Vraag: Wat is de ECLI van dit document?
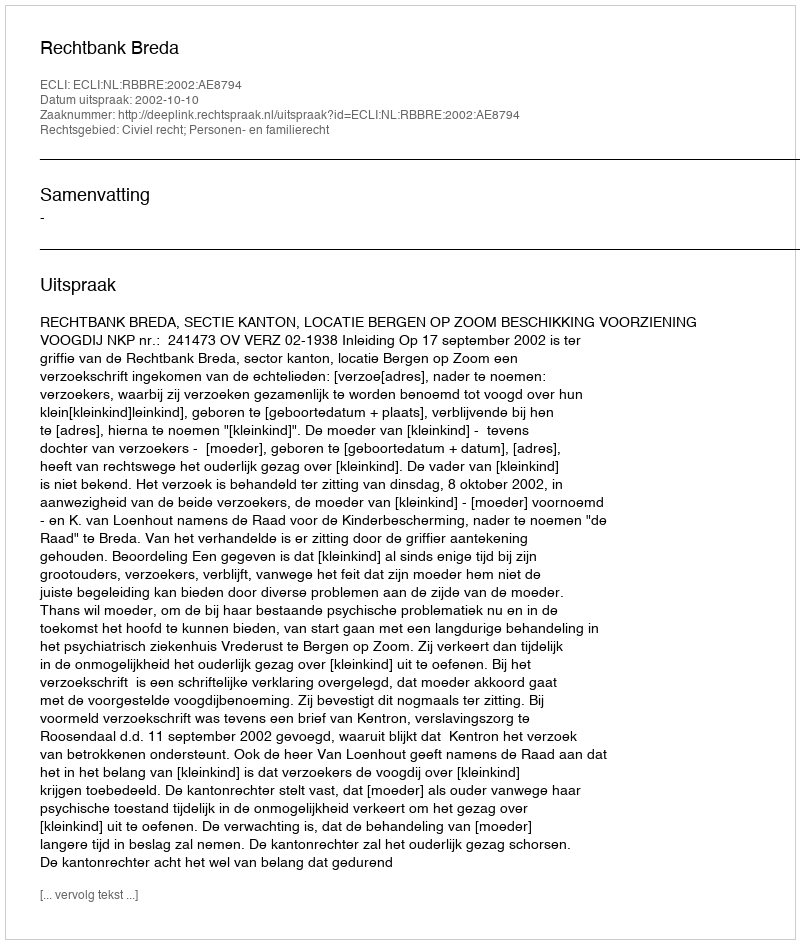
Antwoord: ECLI:NL:RBBRE:2002:AE8794